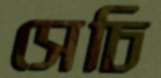
সেচি